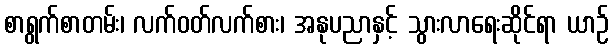
စာရွက်စာတမ်း၊ လက်ဝတ်လက်စား၊ အနုပညာနှင့် သွားလာရေးဆိုင်ရာ ယာဉ်